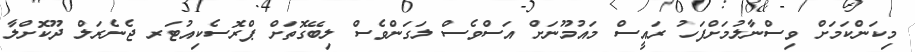
މިކަންކަމަށް ވިސްނާލުމަށްފަހު ރައީސް މައުމޫނަށް އަސްވެސް ލަގަންވެސް ލިބޭގޮތަށް ޕްރޮސެކިއުޓަރ ޖެނެރަލް ދޫކޮށްލާ